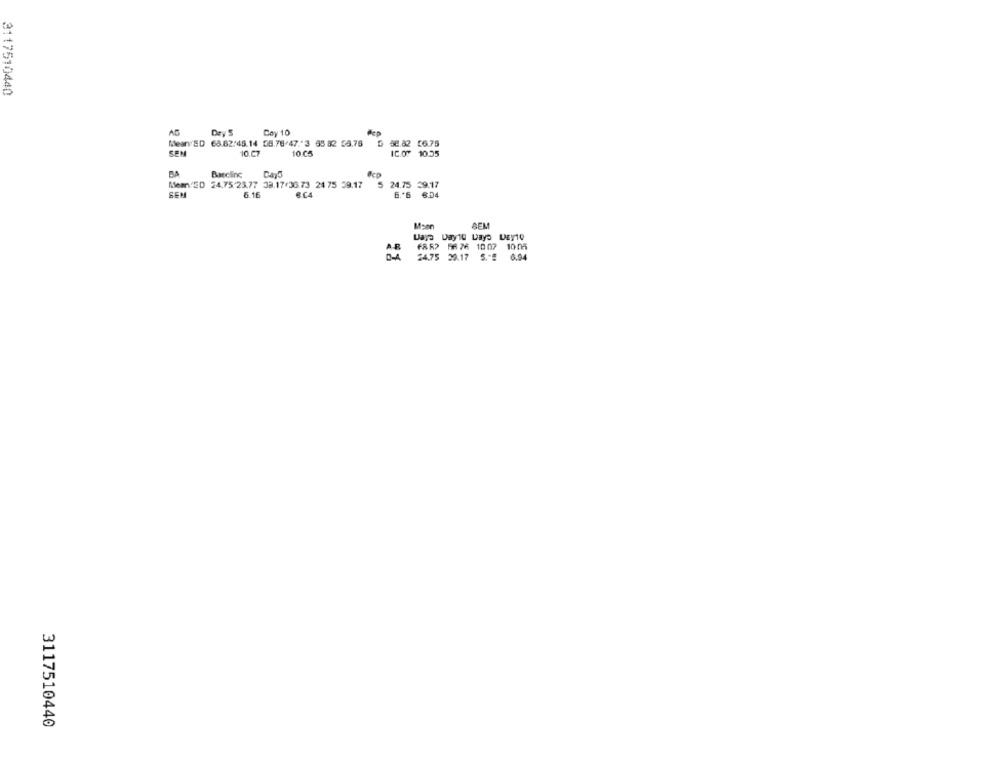
3117510440
Dey S
Coy 10
Mean ED 68.62:45.14 08.78/47."3 65 82 55.76 6 58.82 56.75
SEM
10.CZ
10 Co
IC.O. 10.55
Baseline
Meant ED 24.75 23.77 33.17/36.73 24 75 59.17
5 24.75 29.17
SEM
5.16
Moon
SEM
6882 5676 1007 1005
24.75 29.17 5."!
6.94
3117510440